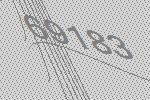
69183